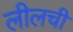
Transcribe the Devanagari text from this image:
लीलची